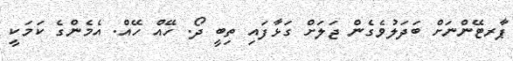
ޕާރޓޭންނަށް ބަދަލުވެގެން ޖަލަށް ގަޅާފައި ތިބީ ދޯ. ހޭއް ހޭއް. އެމެންގެ ކަމަކީ